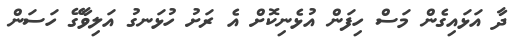
ދާ އަޅައިގެން މަސް ހިފަން އުޅެނިކޮށް އެ ރަށު ހުޅަނގު އަލިވާގޭ ހަސަން